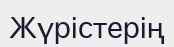
Жүрістерің